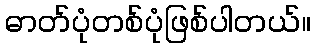
ဓာတ်ပုံတစ်ပုံဖြစ်ပါတယ်။